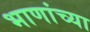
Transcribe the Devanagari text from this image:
भाणांच्या